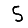
Digit: 5